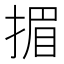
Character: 𢰲